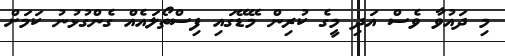
މި ދައުވާ ވެސް އަދި މީގެ ކުރިން މޭޑޭގައި ފިސްތޯލައެއް ގެންގުޅުނު ކަމަށް